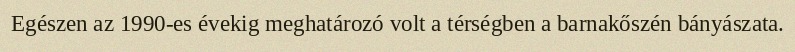
Egészen az 1990-es évekig meghatározó volt a térségben a barnakőszén bányászata.